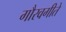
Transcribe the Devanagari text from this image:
गौरवगीते